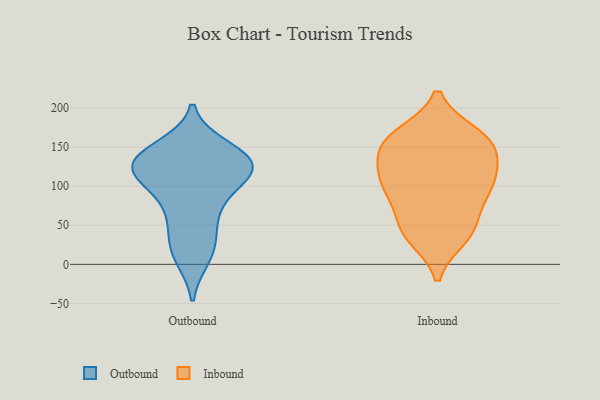
{"axis": {"x": "Temperature (°C)", "y": "Value"}, "legend": ["Inbound", "Outbound"], "data": [{"x": "", "y": 16, "type": "Outbound"}, {"x": "", "y": 89, "type": "Outbound"}, {"x": "", "y": 131, "type": "Outbound"}, {"x": "", "y": 112, "type": "Outbound"}, {"x": "", "y": 148, "type": "Outbound"}, {"x": "", "y": 10, "type": "Outbound"}, {"x": "", "y": 123, "type": "Outbound"}, {"x": "", "y": 29, "type": "Outbound"}, {"x": "", "y": 111, "type": "Outbound"}, {"x": "", "y": 59, "type": "Outbound"}, {"x": "", "y": 132, "type": "Outbound"}, {"x": "", "y": 140, "type": "Outbound"}, {"x": "", "y": 133, "type": "Outbound"}, {"x": "", "y": 120, "type": "Outbound"}, {"x": "", "y": 129, "type": "Outbound"}, {"x": "", "y": 67, "type": "Outbound"}, {"x": "", "y": 104, "type": "Inbound"}, {"x": "", "y": 156, "type": "Inbound"}, {"x": "", "y": 135, "type": "Inbound"}, {"x": "", "y": 155, "type": "Inbound"}, {"x": "", "y": 54, "type": "Inbound"}, {"x": "", "y": 40, "type": "Inbound"}, {"x": "", "y": 117, "type": "Inbound"}, {"x": "", "y": 95, "type": "Inbound"}, {"x": "", "y": 94, "type": "Inbound"}, {"x": "", "y": 165, "type": "Inbound"}, {"x": "", "y": 35, "type": "Inbound"}, {"x": "", "y": 162, "type": "Inbound"}, {"x": "", "y": 43, "type": "Inbound"}, {"x": "", "y": 120, "type": "Inbound"}, {"x": "", "y": 157, "type": "Inbound"}, {"x": "", "y": 90, "type": "Inbound"}]}